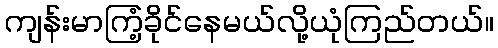
ကျန်းမာကြံ့ခိုင်နေမယ်လို့ယုံကြည်တယ်။